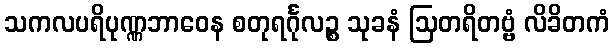
သကလပရိပုဏ္ဏဘာဝေန စတုရင်္ဂုလဉ္စ သုခနံ ဩတရိတဗ္ဗံ လိခိတကံ